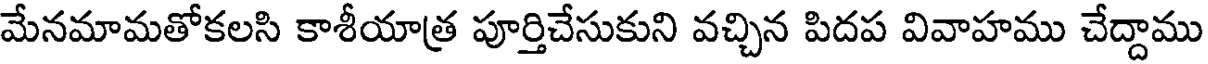
మేనమామతోకలసి కాశీయాత్ర పూర్తిచేసుకుని వచ్చిన పిదప వివాహము చేద్దాము